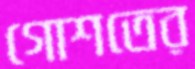
গোশতের